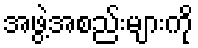
အဖွဲ့အစည်းများကို